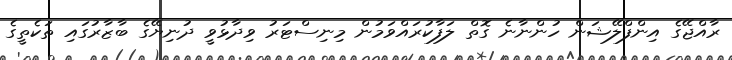
ރާއްޖޭގެ އިންފްލޭޝަން ހުންނާނެ ގޮތް ލަފާކުރައްވަމުން މިނިސްޓަރު ވިދާޅުވީ ދުނިޔޭގެ ބާޒާރުގައި ތަކެތީގެ